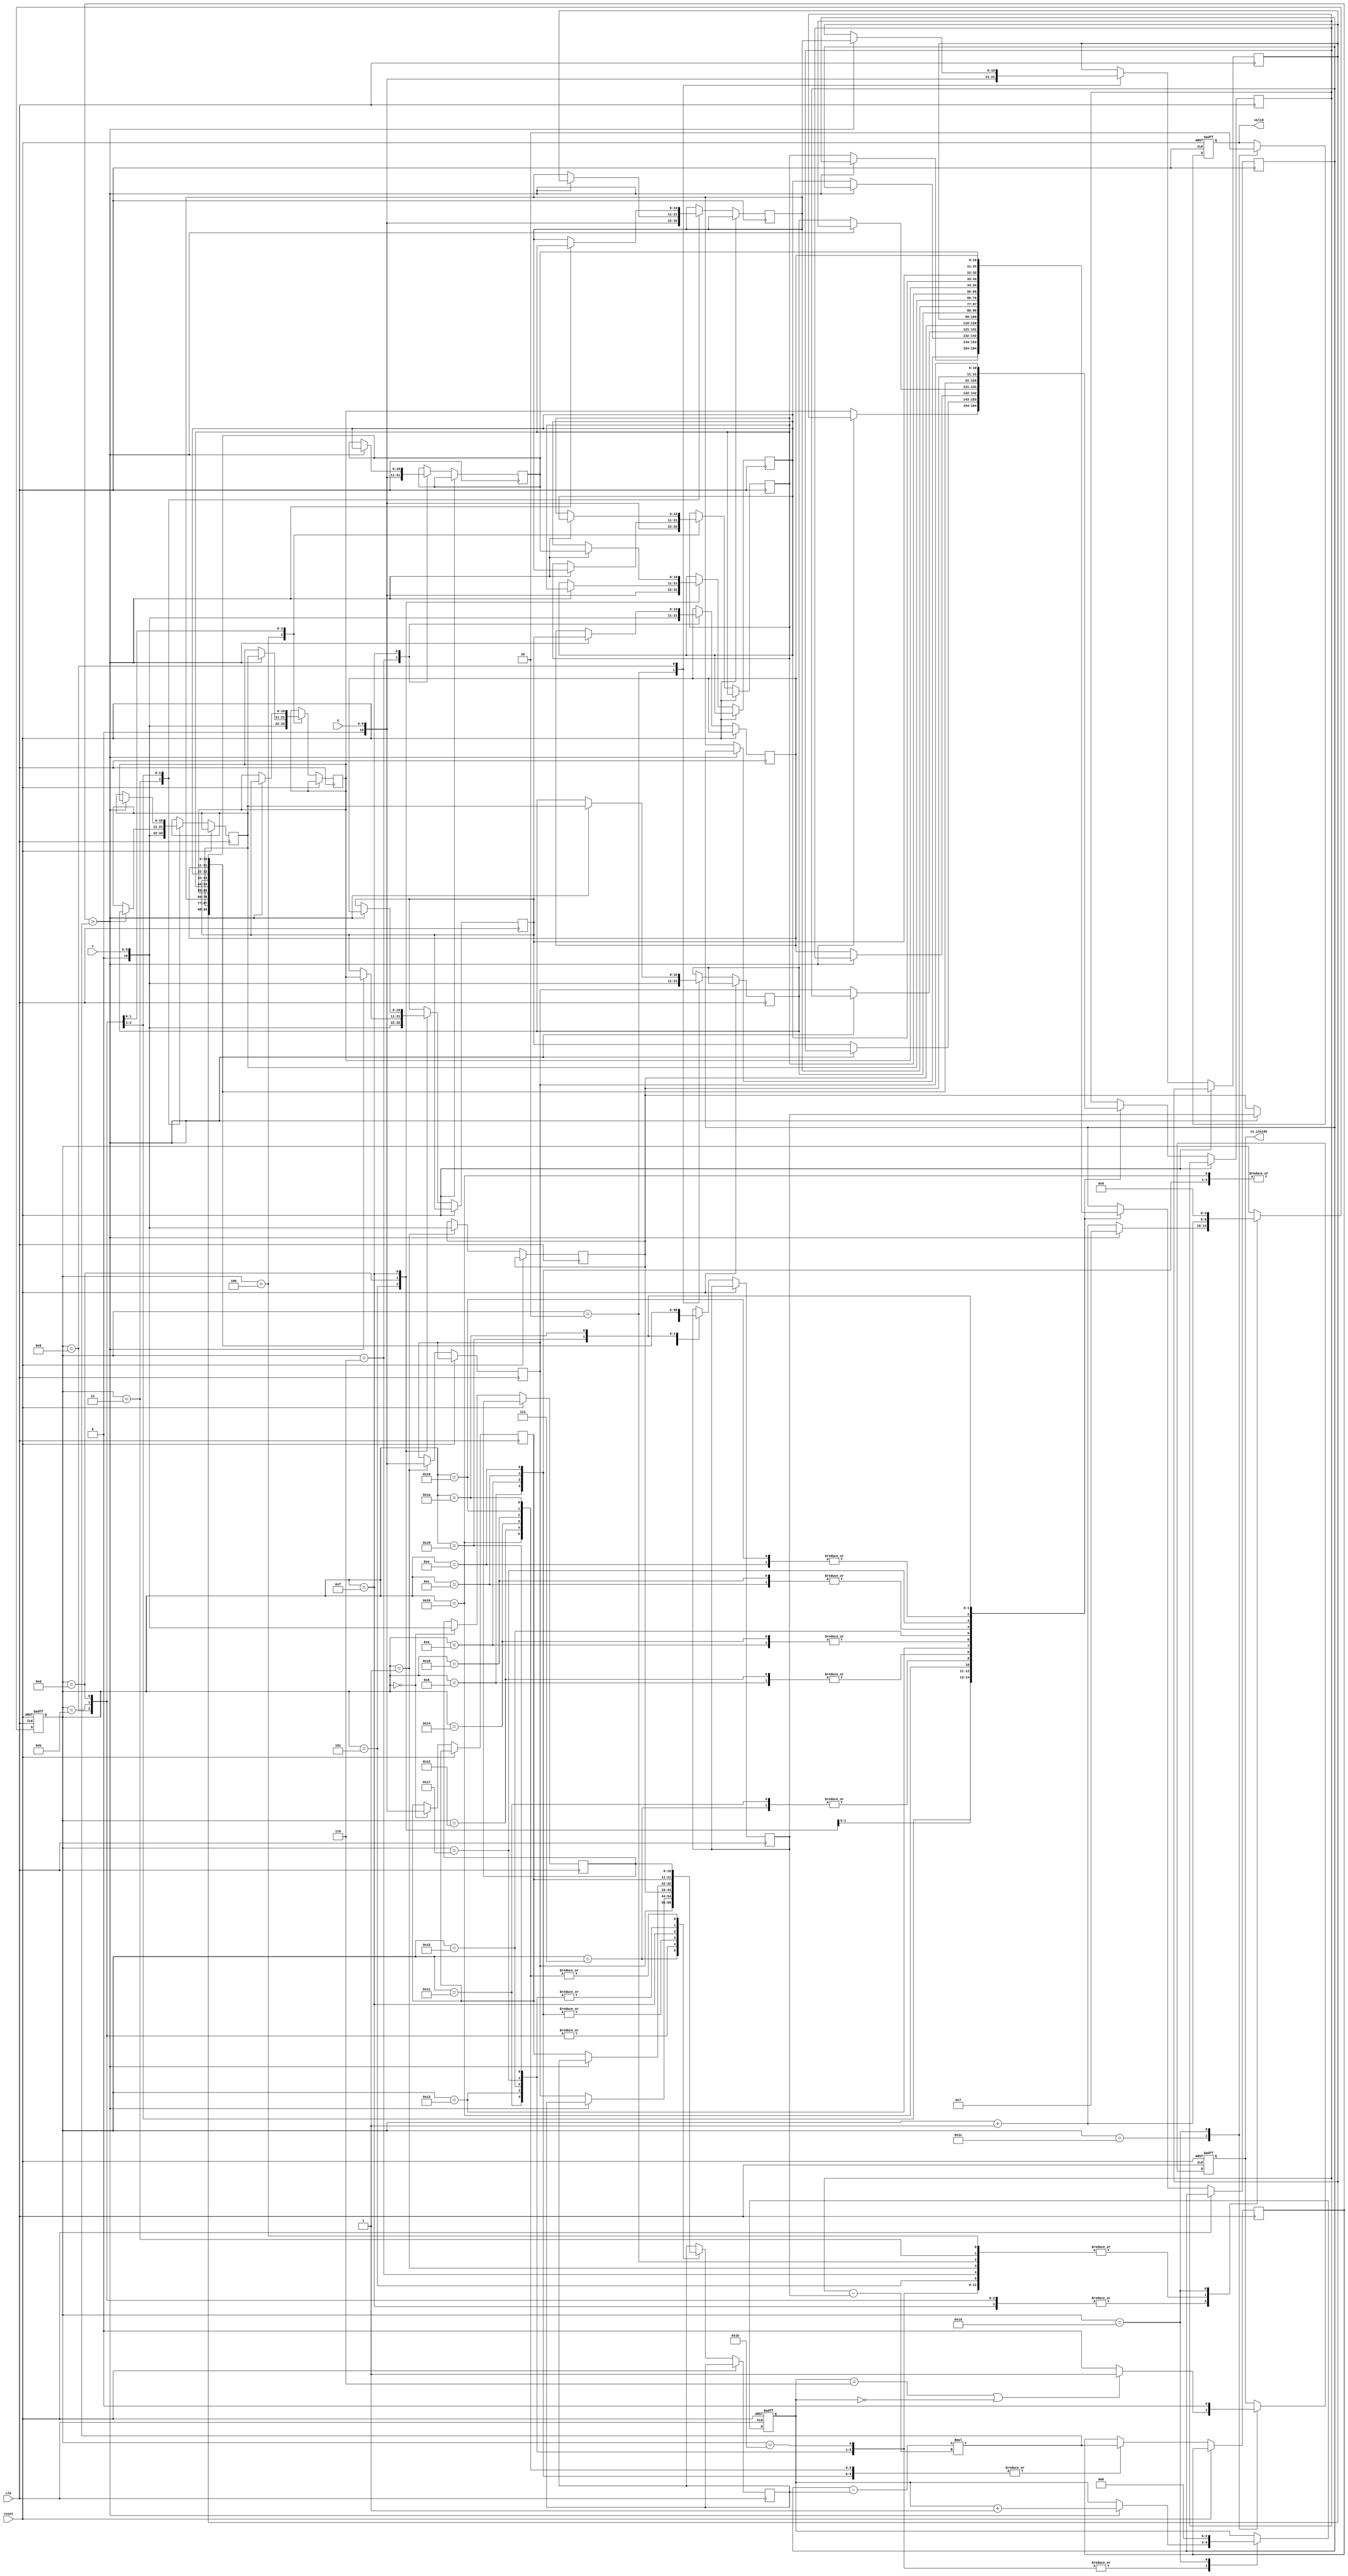
module geofence ( clk,reset,X,Y,valid,is_inside);
input clk;
input reset;
input [9:0] X;
input [9:0] Y;
output reg valid;
output reg is_inside;

reg signed [10:0] X_temp, Y_temp;
reg signed [10:0] X_buffer [5:0];
reg signed [10:0] Y_buffer [5:0];
reg [4:0] count;
reg signed [10:0] temp0,temp1,temp2,temp3;
reg signed [20:0] temp_reg;
wire signed [20:0] mul;

reg [2:0] cp;

assign mul = (temp0 - temp1) * (temp2 - temp3);

always@(posedge clk or posedge reset) begin

	if(reset) begin
		count <= 0;
		is_inside <= 0;
		valid <= 0;
		cp <= 0;
	end
	else begin
		case(count)
			0: begin
				X_temp <= X;
				Y_temp <= Y;
				count <= count+1;
			end
			1: begin
				X_buffer[0] <= X;
				Y_buffer[0] <= Y;
				count <= count+1;
			end
			2: begin
				X_buffer[1] <= X;
				Y_buffer[1] <= Y;
				count <= count+1;
			end
			3: begin
				X_buffer[2] <= X;
				Y_buffer[2] <= Y;
				count <= count+1;
			end
			4: begin
				X_buffer[3] <= X;
				Y_buffer[3] <= Y;
				count <= count+1;
			end
			5: begin
				X_buffer[4] <= X;
				Y_buffer[4] <= Y;
				count <= count+1;
			end
			6: begin
				X_buffer[5] <= X;
				Y_buffer[5] <= Y;
				count <= count+1;
			end
			7: begin
				count <= count+1;
				temp0 <= X_buffer[1];
				temp1 <= X_buffer[0];
				temp2 <= Y_buffer[2];
				temp3 <= Y_buffer[0];
			end
			8:begin
				temp_reg <= mul;
				temp0 <= Y_buffer[1];
				temp1 <= Y_buffer[0];
				temp2 <= X_buffer[2];
				temp3 <= X_buffer[0];
				count <= count+1;
			end
			9: begin
				if(temp_reg > mul) begin
					X_buffer[1] <= X_buffer[2];
					X_buffer[2] <= X_buffer[1];
					Y_buffer[1] <= Y_buffer[2];
					Y_buffer[2] <= Y_buffer[1];
					count <= 7;
				end
				else begin
					count <= count + 1;
					temp0 <= X_buffer[2];
					temp1 <= X_buffer[0];
					temp2 <= Y_buffer[3];
					temp3 <= Y_buffer[0];
				end
			end
			10: begin
				temp_reg <= mul;
				temp0 <= Y_buffer[2];
				temp1 <= Y_buffer[0];
				temp2 <= X_buffer[3];
				temp3 <= X_buffer[0];
				count <= count+1;				
			end
			11: begin
				if(temp_reg > mul) begin
					X_buffer[2] <= X_buffer[3];
					X_buffer[3] <= X_buffer[2];
					Y_buffer[2] <= Y_buffer[3];
					Y_buffer[3] <= Y_buffer[2];
					count <= 7;
				end
				else begin
					count <= count + 1;
					temp0 <= X_buffer[3];
					temp1 <= X_buffer[0];
					temp2 <= Y_buffer[4];
					temp3 <= Y_buffer[0];
				end
			end
			12: begin
				temp_reg <= mul;
				temp0 <= Y_buffer[3];
				temp1 <= Y_buffer[0];
				temp2 <= X_buffer[4];
				temp3 <= X_buffer[0];
				count <= count+1;						
			end
			13: begin
				if(temp_reg > mul) begin
					X_buffer[3] <= X_buffer[4];
					X_buffer[4] <= X_buffer[3];
					Y_buffer[3] <= Y_buffer[4];
					Y_buffer[4] <= Y_buffer[3];
					count <= 7;
				end
				else begin
					count <= count + 1;
					temp0 <= X_buffer[4];
					temp1 <= X_buffer[0];
					temp2 <= Y_buffer[5];
					temp3 <= Y_buffer[0];							
				end
			end
			14: begin
				temp_reg <= mul;
				temp0 <= Y_buffer[4];
				temp1 <= Y_buffer[0];
				temp2 <= X_buffer[5];
				temp3 <= X_buffer[0];
				count <= count+1;				
			end
			15: begin
				if(temp_reg > mul) begin
					X_buffer[4] <= X_buffer[5];
					X_buffer[5] <= X_buffer[4];
					Y_buffer[4] <= Y_buffer[5];
					Y_buffer[5] <= Y_buffer[4];
					count <= 7;
				end
				else begin
					count <= count + 1;
					temp0 <= X_buffer[0];
					temp1 <= X_temp;
					temp2 <= Y_buffer[1];
					temp3 <= Y_buffer[0];
				end
			end
			16: begin
				temp_reg <= mul;
				count <= count + 1;
				temp0 <= Y_buffer[0];
				temp1 <= Y_temp;
				temp2 <= X_buffer[1];
				temp3 <= X_buffer[0];
			end
			17:begin
				if (temp_reg > mul) begin
					cp <= cp + 1;
				end
				count <= count + 1;
				temp0 <= X_buffer[1];
				temp1 <= X_temp;
				temp2 <= Y_buffer[2];
				temp3 <= Y_buffer[1];
			end	
			18:begin
				temp_reg <= mul;
				count <= count + 1;
				temp0 <= Y_buffer[1];
				temp1 <= Y_temp;
				temp2 <= X_buffer[2];
				temp3 <= X_buffer[1];
			end
			19:begin
				if (temp_reg > mul) begin
					cp <= cp + 1;
				end
				count <= count + 1;
				temp0 <= X_buffer[2];
				temp1 <= X_temp;
				temp2 <= Y_buffer[3];
				temp3 <= Y_buffer[2];
			end
			20:begin
				temp_reg <= mul;
				count <= count + 1;
				temp0 <= Y_buffer[2];
				temp1 <= Y_temp;
				temp2 <= X_buffer[3];
				temp3 <= X_buffer[2];
			end
			21: begin
				if (temp_reg > mul) begin
					cp <= cp + 1;
				end
				count <= count + 1;
				temp0 <= X_buffer[3];
				temp1 <= X_temp;
				temp2 <= Y_buffer[4];
				temp3 <= Y_buffer[3];
			end
			22: begin
				temp_reg <= mul;
				count <= count + 1;
				temp0 <= Y_buffer[3];
				temp1 <= Y_temp;
				temp2 <= X_buffer[4];
				temp3 <= X_buffer[3];			
			end
			23: begin
				if (temp_reg > mul) begin
					cp <= cp + 1;
				end
				count <= count + 1;
				temp0 <= X_buffer[4];
				temp1 <= X_temp;
				temp2 <= Y_buffer[5];
				temp3 <= Y_buffer[4];			
			end
			24: begin
				temp_reg <= mul;
				count <= count + 1 ;
				temp0 <= Y_buffer[4];
				temp1 <= Y_temp;
				temp2 <= X_buffer[5];
				temp3 <= X_buffer[4];
			end
			25: begin
				if (temp_reg > mul) begin
					cp <= cp + 1;
				end
				count <= count + 1;
				temp0 <= X_buffer[5];
				temp1 <= X_temp;
				temp2 <= Y_buffer[0];
				temp3 <= Y_buffer[5];		
			end
			26:begin
				temp_reg <= mul;
				count <= count + 1 ;
				temp0 <= Y_buffer[5];
				temp1 <= Y_temp;
				temp2 <= X_buffer[0];
				temp3 <= X_buffer[5];
			end
			27:begin
				if (temp_reg > mul) begin
					cp <= cp + 1;
				end
				count <= count + 1;
			end
			28: begin
				if (cp == 6 || cp == 0) is_inside <= 1;
				else is_inside <= 0;
				valid <= 1;
				count <= count + 1;
			end
			29:begin
				valid <= 0;
				is_inside <= 0;
				count <= 0;	
				cp <= 0;				
			end
		endcase
	end

end

endmodule